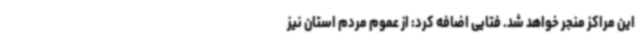
این مراکز منجر خواهد شد. فتایی اضافه کرد: از عموم مردم استان نیز